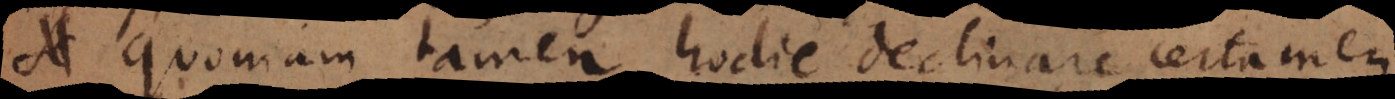
. Quoniam tamen hodie declinare certamen